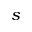
s